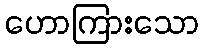
ဟောကြားသော